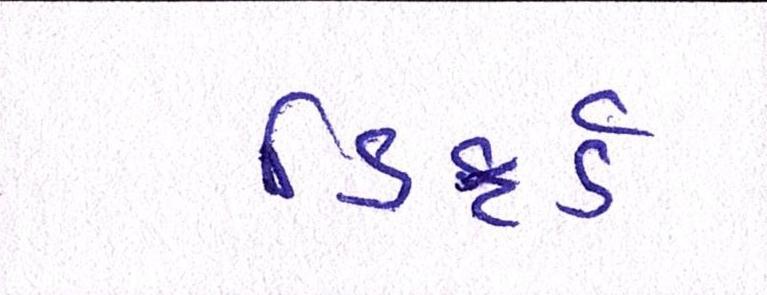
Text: ડિફર્ડ